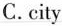
C.city